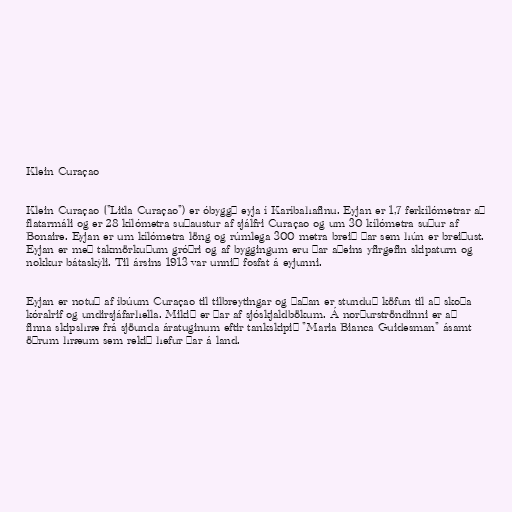
Klein Curaçao

Klein Curaçao ("Litla Curaçao") er óbyggð eyja í Karíbahafinu. Eyjan er 1,7 ferkílómetrar að
flatarmáli og er 28 kílómetra suðaustur af sjálfri Curaçao og um 30 kílómetra suður af
Bonaire. Eyjan er um kílómetra löng og rúmlega 300 metra breið þar sem hún er breiðust.
Eyjan er með takmörkuðum gróðri og af byggingum eru þar aðeins yfirgefin skipaturn og
nokkur bátaskýli. Til ársins 1913 var unnið fosfat á eyjunni.

Eyjan er notuð af íbúum Curaçao til tilbreytingar og þaðan er stunduð köfun til að skoða
kóralrif og undirsjáfarhella. Mikið er þar af sjóskjaldbökum. Á norðurströndinni er að
finna skipshræ frá sjöunda áratuginum eftir tankskipið "Maria Bianca Guidesman" ásamt
öðrum hræum sem rekið hefur þar á land.